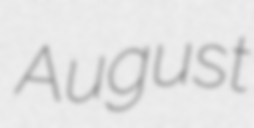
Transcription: August